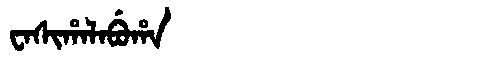
Manchu: ᠸᠠᠰᡳᡥᠠᠯᠠᠪᡠᡥᠠ
Romanization: WASIHALABUHA